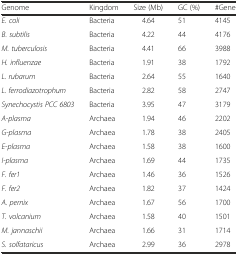
| Genome | Kingdom | Size (Mb) | GC (%) | #Gene |
 | --- | --- | --- | --- | --- |
 | E. coli | Bacteria | 4.64 | 51 | 4145 |
 | B. subtilis | Bacteria | 4.22 | 44 | 4176 |
 | M. tuberculosis | Bacteria | 4.41 | 66 | 3988 |
 | H. influenzae | Bacteria | 1.91 | 38 | 1792 |
 | L. rubarum | Bacteria | 2.64 | 55 | 1640 |
 | L. ferrodiazotrophum | Bacteria | 2.82 | 58 | 2747 |
 | Synechocystis PCC 6803 | Bacteria | 3.95 | 47 | 3179 |
 | A-plasma | Archaea | 1.94 | 46 | 2202 |
 | G-plasma | Archaea | 1.78 | 38 | 2405 |
 | E-plasma | Archaea | 1.58 | 38 | 1600 |
 | I-plasma | Archaea | 1.69 | 44 | 1735 |
 | F. fer1 | Archaea | 1.46 | 36 | 1526 |
 | F. fer2 | Archaea | 1.82 | 37 | 1424 |
 | A. pernix | Archaea | 1.67 | 56 | 1700 |
 | T. volcanium | Archaea | 1.58 | 40 | 1501 |
 | M. jannaschii | Archaea | 1.66 | 31 | 1714 |
 | S. solfataricus | Archaea | 2.99 | 36 | 2978 |